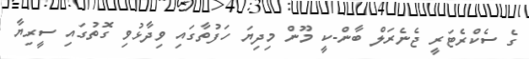
ގެ ސެކްރެޓަރީ ޖެނެރަލް ބާން-ކީ މޫން މިދިޔަ ހަފުތާގައި ވިދާޅުވި ގޮތުގައި ސީރިޔާ